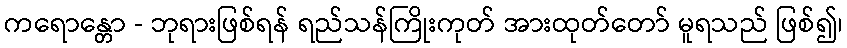
ကရောန္တော - ဘုရားဖြစ်ရန် ရည်သန်ကြိုးကုတ် အားထုတ်တော် မူရသည် ဖြစ်၍၊